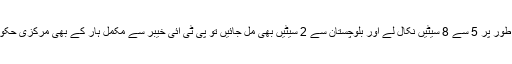
اگر پی ٹی آئی یہاں سے معجزانہ طور پر 5 سے 8 سیٹیں نکال لے اور بلوچستان سے 2 سیٹیں بھی مل جائیں تو پی ٹی آئی خیبر سے مکمل ہار کے بھی مرکزی حکومت بنانے کی پوزیشن میں ہوگی۔